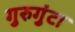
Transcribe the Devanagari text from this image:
गुरुगुंटा